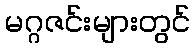
မဂ္ဂဇင်းများတွင်